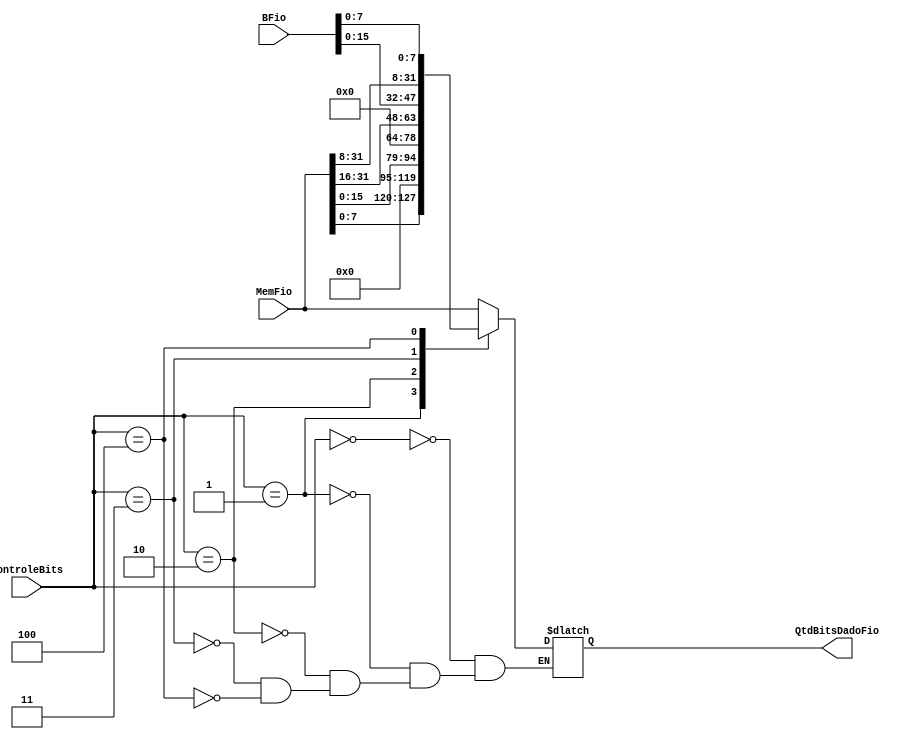
module QuantidadeDeBits(input wire [31:0] BFio, input wire [31:0] MemFio, input wire [2:0] ControleBits,
 output reg[31:0] QtdBitsDadoFio);
 
	always begin
		case(ControleBits)
			
			3'b000: //LW
			begin
			QtdBitsDadoFio <= MemFio;
			end
			
			3'b001: //LB
			begin
			QtdBitsDadoFio <= {MemFio[7:0], 24'd0};
			end
			
			3'b010: //LH	
			begin
			QtdBitsDadoFio <= {MemFio[15:0], 15'd0};
			end
			
			3'b011: //SH
			begin
			QtdBitsDadoFio <= {MemFio[31:16], BFio[15:0]};
			end
			
			3'b100: //SB
			begin
			QtdBitsDadoFio <= {MemFio[31:8], BFio[7:0]};
			end
			
		endcase
	end	
	  
 endmodule